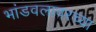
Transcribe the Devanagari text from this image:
भांडवलावरच्या